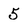
Character: 5